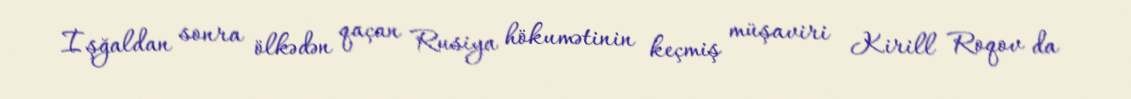
İşğaldan sonra ölkədən qaçan Rusiya hökumətinin keçmiş müşaviri Kirill Roqov da